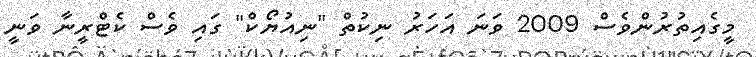
މީގެއިތުރުންވެސް 2009 ވަނަ އަހަރު ނިކުތް "ނިއުޔޯކް" ގަައި ވެސް ކެޓްރީނާ ވަނީ